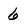
Character: 6